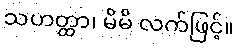
သဟတ္ထာ၊ မိမိ လက်ဖြင့်။